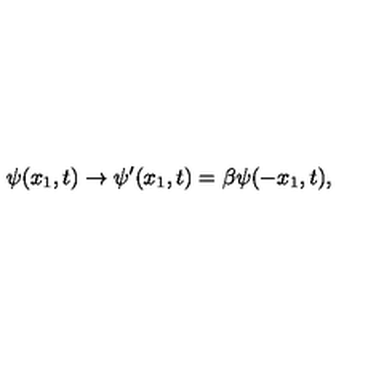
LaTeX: { \psi } ( x _ { 1 } , t ) \to { \psi } ^ { \prime } ( x _ { 1 } , t ) = { \beta } { \psi } ( - x _ { 1 } , t ) ,